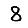
Digit: 8